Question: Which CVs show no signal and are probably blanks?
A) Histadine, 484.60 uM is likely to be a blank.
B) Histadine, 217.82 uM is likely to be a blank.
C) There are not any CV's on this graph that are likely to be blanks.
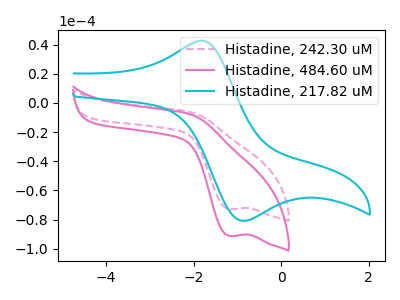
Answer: <think>The pink dashed curve "Histadine, 242.30 uM" has a cathodic peak at: (-1.20V, -72.80uA). The pink curve "Histadine, 484.60 uM" has a cathodic peak at: (-1.20V, -91.20uA). The cyan curve "Histadine, 217.82 uM" has an anodic peak at (-1.85V, 42.65uA) and a cathodic peak at (-0.80V, -80.75uA).</think>
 <answer>C) There are not any CV's on this graph that are likely to be blanks.</answer>
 <eval>C</eval>